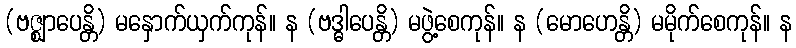
(ဗဇ္ဈာပေန္တိ) မနှောက်ယှက်ကုန်။ န (ဗဒ္ဓါပေန္တိ) မဖွဲ့စေကုန်။ န (မောဟေန္တိ) မမိုက်စေကုန်။ န